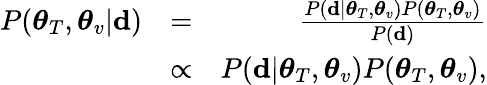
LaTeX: \begin{array}{rlr}{P(\boldsymbol{\theta}_{T},\boldsymbol{\theta}_{v}|\mathbf{d})}&{=}&{\frac{P(\mathbf{d}|\boldsymbol{\theta}_{T},\boldsymbol{\theta}_{v})P(\boldsymbol{\theta}_{T},\boldsymbol{\theta}_{v})}{P(\mathbf{d})}}\\ &{\propto}&{P(\mathbf{d}|\boldsymbol{\theta}_{T},\boldsymbol{\theta}_{v})P(\boldsymbol{\theta}_{T},\boldsymbol{\theta}_{v}),}\end{array}